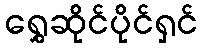
ရွှေဆိုင်ပိုင်ရှင်